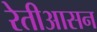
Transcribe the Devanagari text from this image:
रेतीआसन